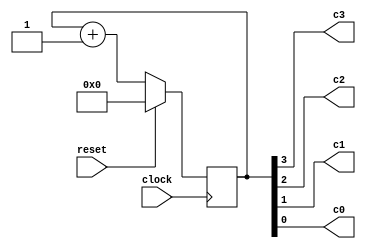
module uut_always02(clock, reset, c3, c2, c1, c0);

input clock, reset;
output c3, c2, c1, c0;
reg [3:0] count;

assign {c3, c2, c1, c0} = count;

always @(posedge clock) begin
	count <= count + 1;
	if (reset)
		count <= 0;
end

endmodule